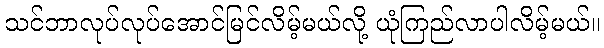
သင်ဘာလုပ်လုပ်အောင်မြင်လိမ့်မယ်လို့ ယုံကြည်လာပါလိမ့်မယ်။